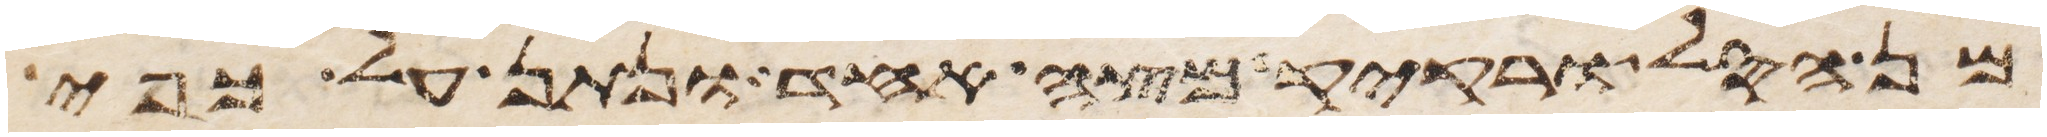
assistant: מן הסל ורקיק מצה אחד ונתן על כפי